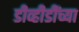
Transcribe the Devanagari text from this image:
डीव्हीडींच्या